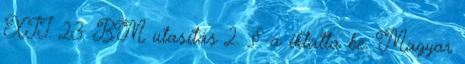
XII. 23. BM utasítás 2. §-a iktatta be. Magyar